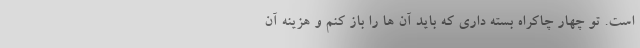
است. تو چهار چاکراه بسته داری که باید آن ها را باز کنم و هزینه آن